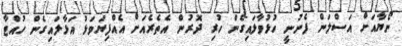
ނޯޔާއަށް އަސްލަން ފެނުނީ ހުޅުވާލައިގެން ހުރި ދޮރުން އެތެރެއަށް އެއްފިޔަވަޅު އަޅާލައިގެން ހުއްޓާ